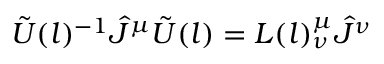
{ \tilde { U } } ( l ) ^ { - 1 } { \hat { J } } ^ { \mu } { \tilde { U } } ( l ) = L ( l ) _ { \nu } ^ { \mu } { \hat { J } } ^ { \nu }